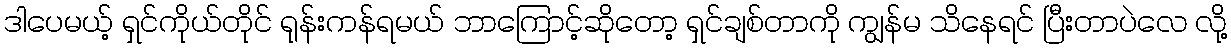
ဒါပေမယ့် ရှင်ကိုယ်တိုင် ရုန်းကန်ရမယ် ဘာကြောင့်ဆိုတော့ ရှင်ချစ်တာကို ကျွန်မ သိနေရင် ပြီးတာပဲလေ လို့